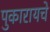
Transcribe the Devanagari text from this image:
पुकारायचे